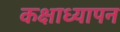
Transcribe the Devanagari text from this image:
कक्षाध्यापन